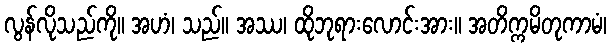
လွန်လိုသည်ကို။ အဟံ၊ သည်။ အဿ၊ ထိုဘုရားလောင်းအား။ အတိက္ကမိတုကာမံ၊